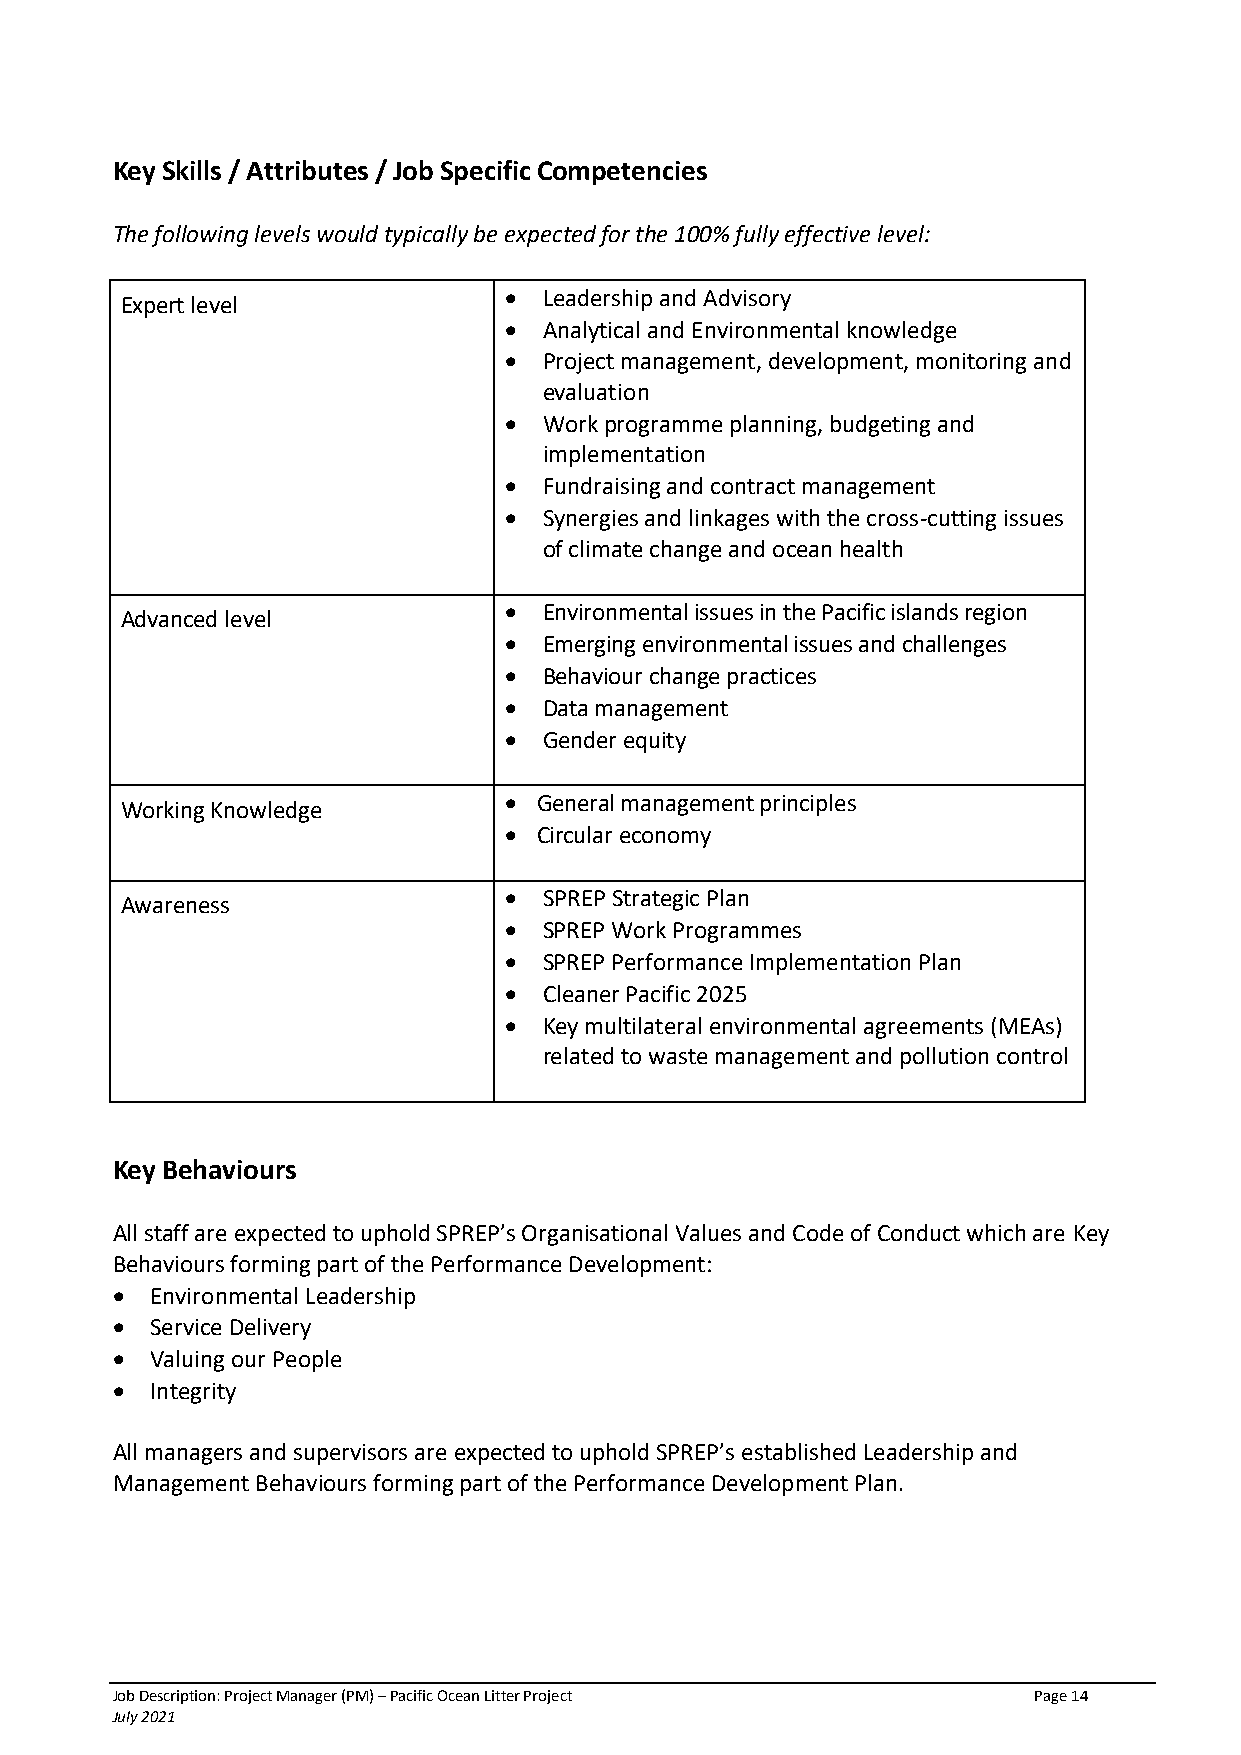
Key Skills / Attributes / Job Specific Competencies
 The following levels would typically be expected for the 100% fully effective level:
 •  Leadership and Advisory
 Expert level
 •  Analytical and Environmental knowledge
 •  Project management, development, monitoring and
 evaluation
 •  Work programme planning, budgeting and
 implementation
 •  Fundraising and contract management
 •  Synergies and linkages with the cross-cutting issues
 of climate change and ocean health
 •  Environmental issues in the Pacific islands region
 Advanced level
 •  Emerging environmental issues and challenges
 •  Behaviour change practices
 •  Data management
 •  Gender equity
 •  General management principles
 Working Knowledge
 •  Circular economy
 •  SPREP Strategic Plan
 Awareness
 •  SPREP Work Programmes
 •  SPREP Performance Implementation Plan
 •  Cleaner Pacific 2025
 •  Key multilateral environmental agreements (MEAs)
 related to waste management and pollution control
 Key Behaviours
 All staff are expected to uphold SPREP’s Organisational Values and Code of Conduct which are Key
 Behaviours forming part of the Performance Development:
 •  Environmental Leadership
 •  Service Delivery
 •  Valuing our People
 •  Integrity
 All managers and supervisors are expected to uphold SPREP’s established Leadership and
 Management Behaviours forming part of the Performance Development Plan.
 Job Description: Project Manager (PM) – Pacific Ocean Litter Project Page 14
 July 2021